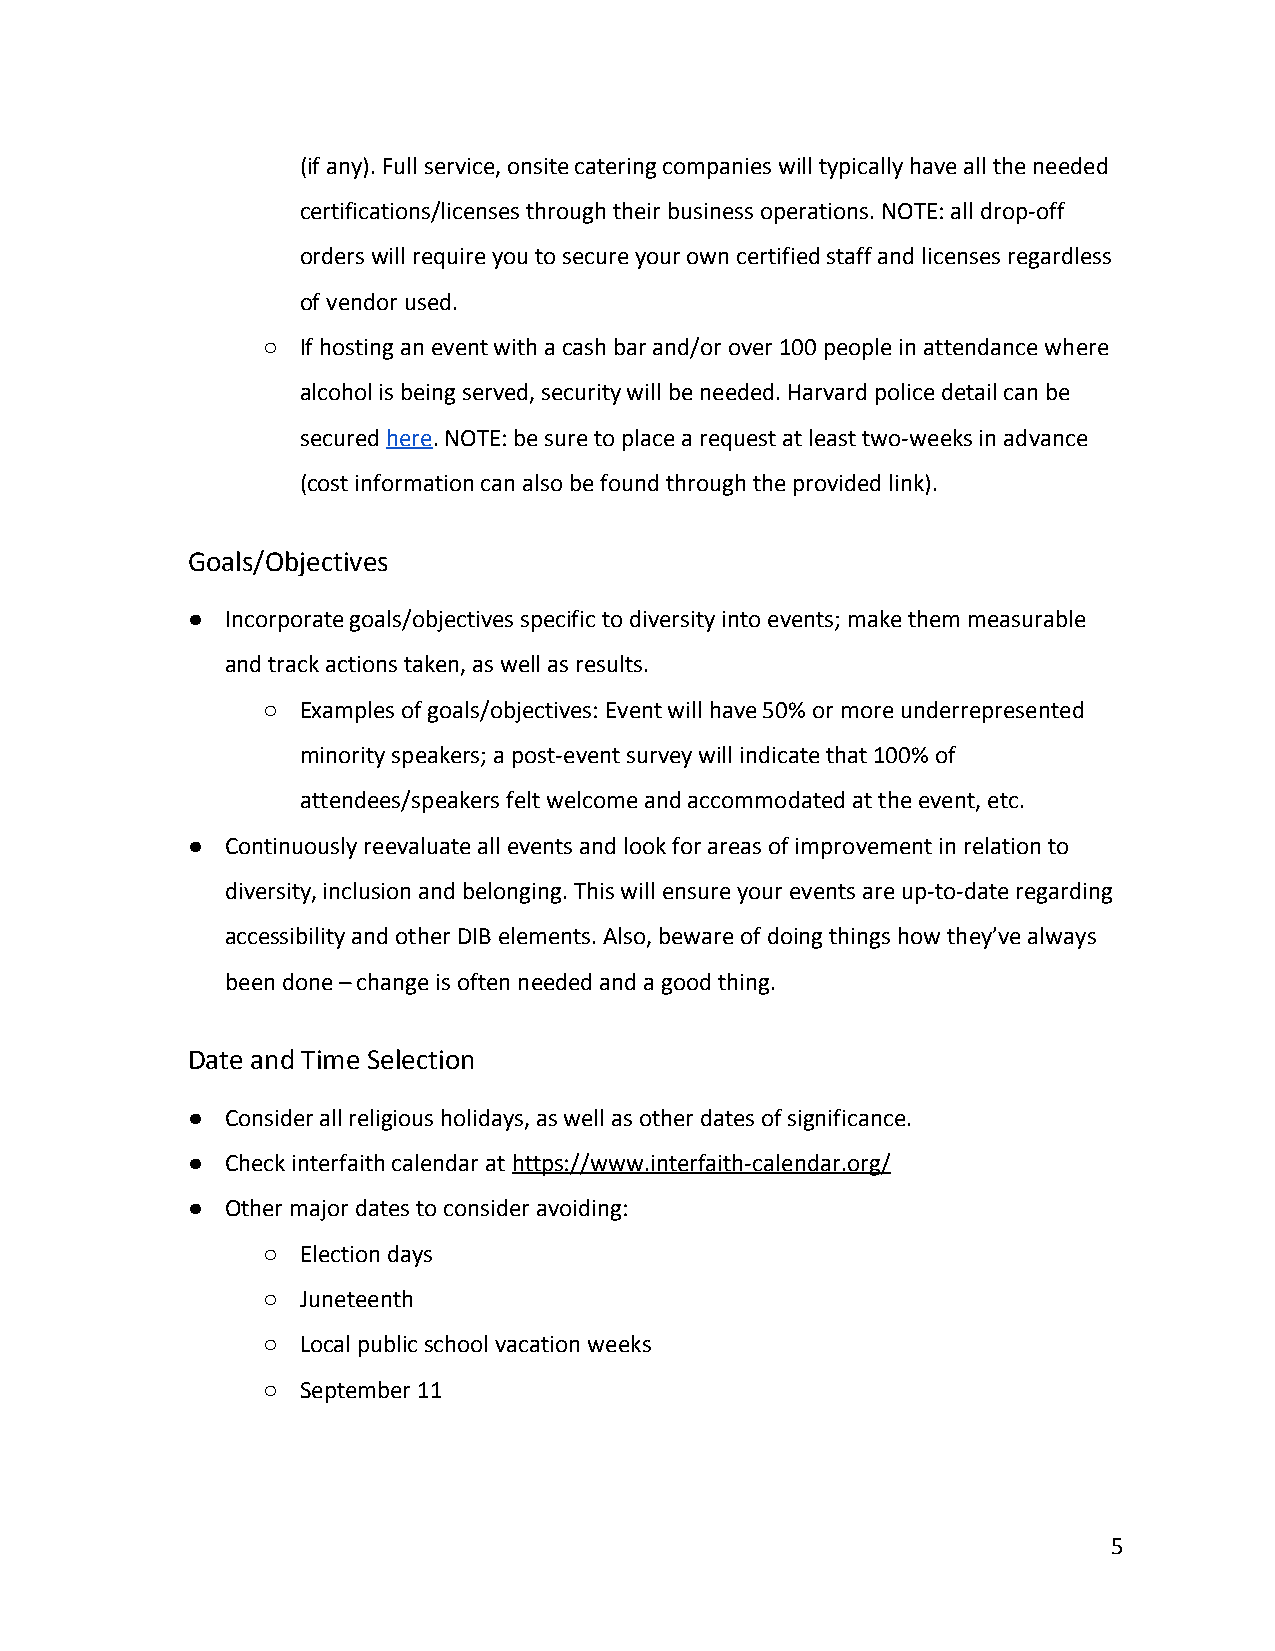
(if any). Full service, onsite catering companies will typically have all the needed
 certifications/licenses through their business operations. NOTE: all drop-off
 orders will require you to secure your own certified staff and licenses regardless
 of vendor used.
 ○  If hosting an event with a cash bar and/or over 100 people in attendance where
 alcohol is being served, security will be needed. Harvard police detail can be
 secured here. NOTE: be sure to place a request at least two-weeks in advance
 ​  ​
 (cost information can also be found through the provided link).
 Goals/Objectives
 ●  Incorporate goals/objectives specific to diversity into events; make them measurable
 and track actions taken, as well as results.
 ○  Examples of goals/objectives: Event will have 50% or more underrepresented
 minority speakers; a post-event survey will indicate that 100% of
 attendees/speakers felt welcome and accommodated at the event, etc.
 ●  Continuously reevaluate all events and look for areas of improvement in relation to
 diversity, inclusion and belonging. This will ensure your events are up-to-date regarding
 accessibility and other DIB elements. Also, beware of doing things how they’ve always
 been done – change is often needed and a good thing.
 Date and Time Selection
 ●  Consider all religious holidays, as well as other dates of significance.
 ●  Check interfaith calendar at https://www.interfaith-calendar.org/
 ​
 ●  Other major dates to consider avoiding:
 ○  Election days
 ○  Juneteenth
 ○  Local public school vacation weeks
 ○  September 11
 5